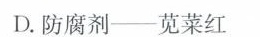
D.防腐剂——苋菜红